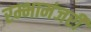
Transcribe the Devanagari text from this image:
रम्भामंजरी